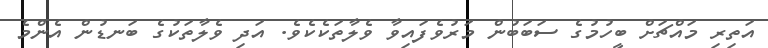
އަތިރި މައްޗަށް ބީހުމުގެ ސަބަބުން މަރުވެފައިވާ ވެލާތަކެކެވެ. އަދި ވެލާތަކުގެ ބަނޑުން އެންމެ